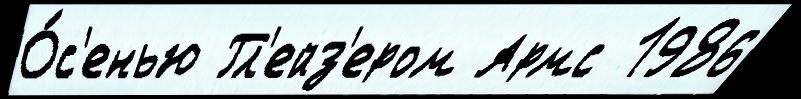
О́с'енью Гл'ейз'ером Армс 1986